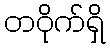
တဝိုက်ရှိ